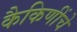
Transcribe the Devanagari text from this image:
कैकिणींचे